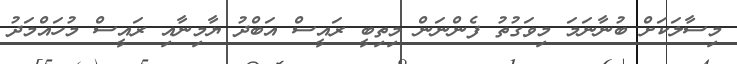
މިސާލަކަށް ބުނާނަމަ މިވަގުތު ފެންނަން މިތިބީ ރައީސް އަބްދު ޔާމިނާއި ރައީސް މުހައްމަދު